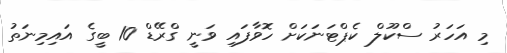
މި އަހަރު ސްކޫލް ކެޕްޓަނަކަށް ހޮވާފައި ވަނީ ގްރޭޑް 10 ބީގެ އައިމިނަތު